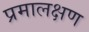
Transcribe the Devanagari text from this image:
प्रमालक्षण